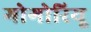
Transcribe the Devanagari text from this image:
गोगोरियू